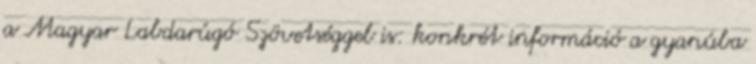
a Magyar Labdarúgó Szövetséggel is: konkrét információ a gyanúba